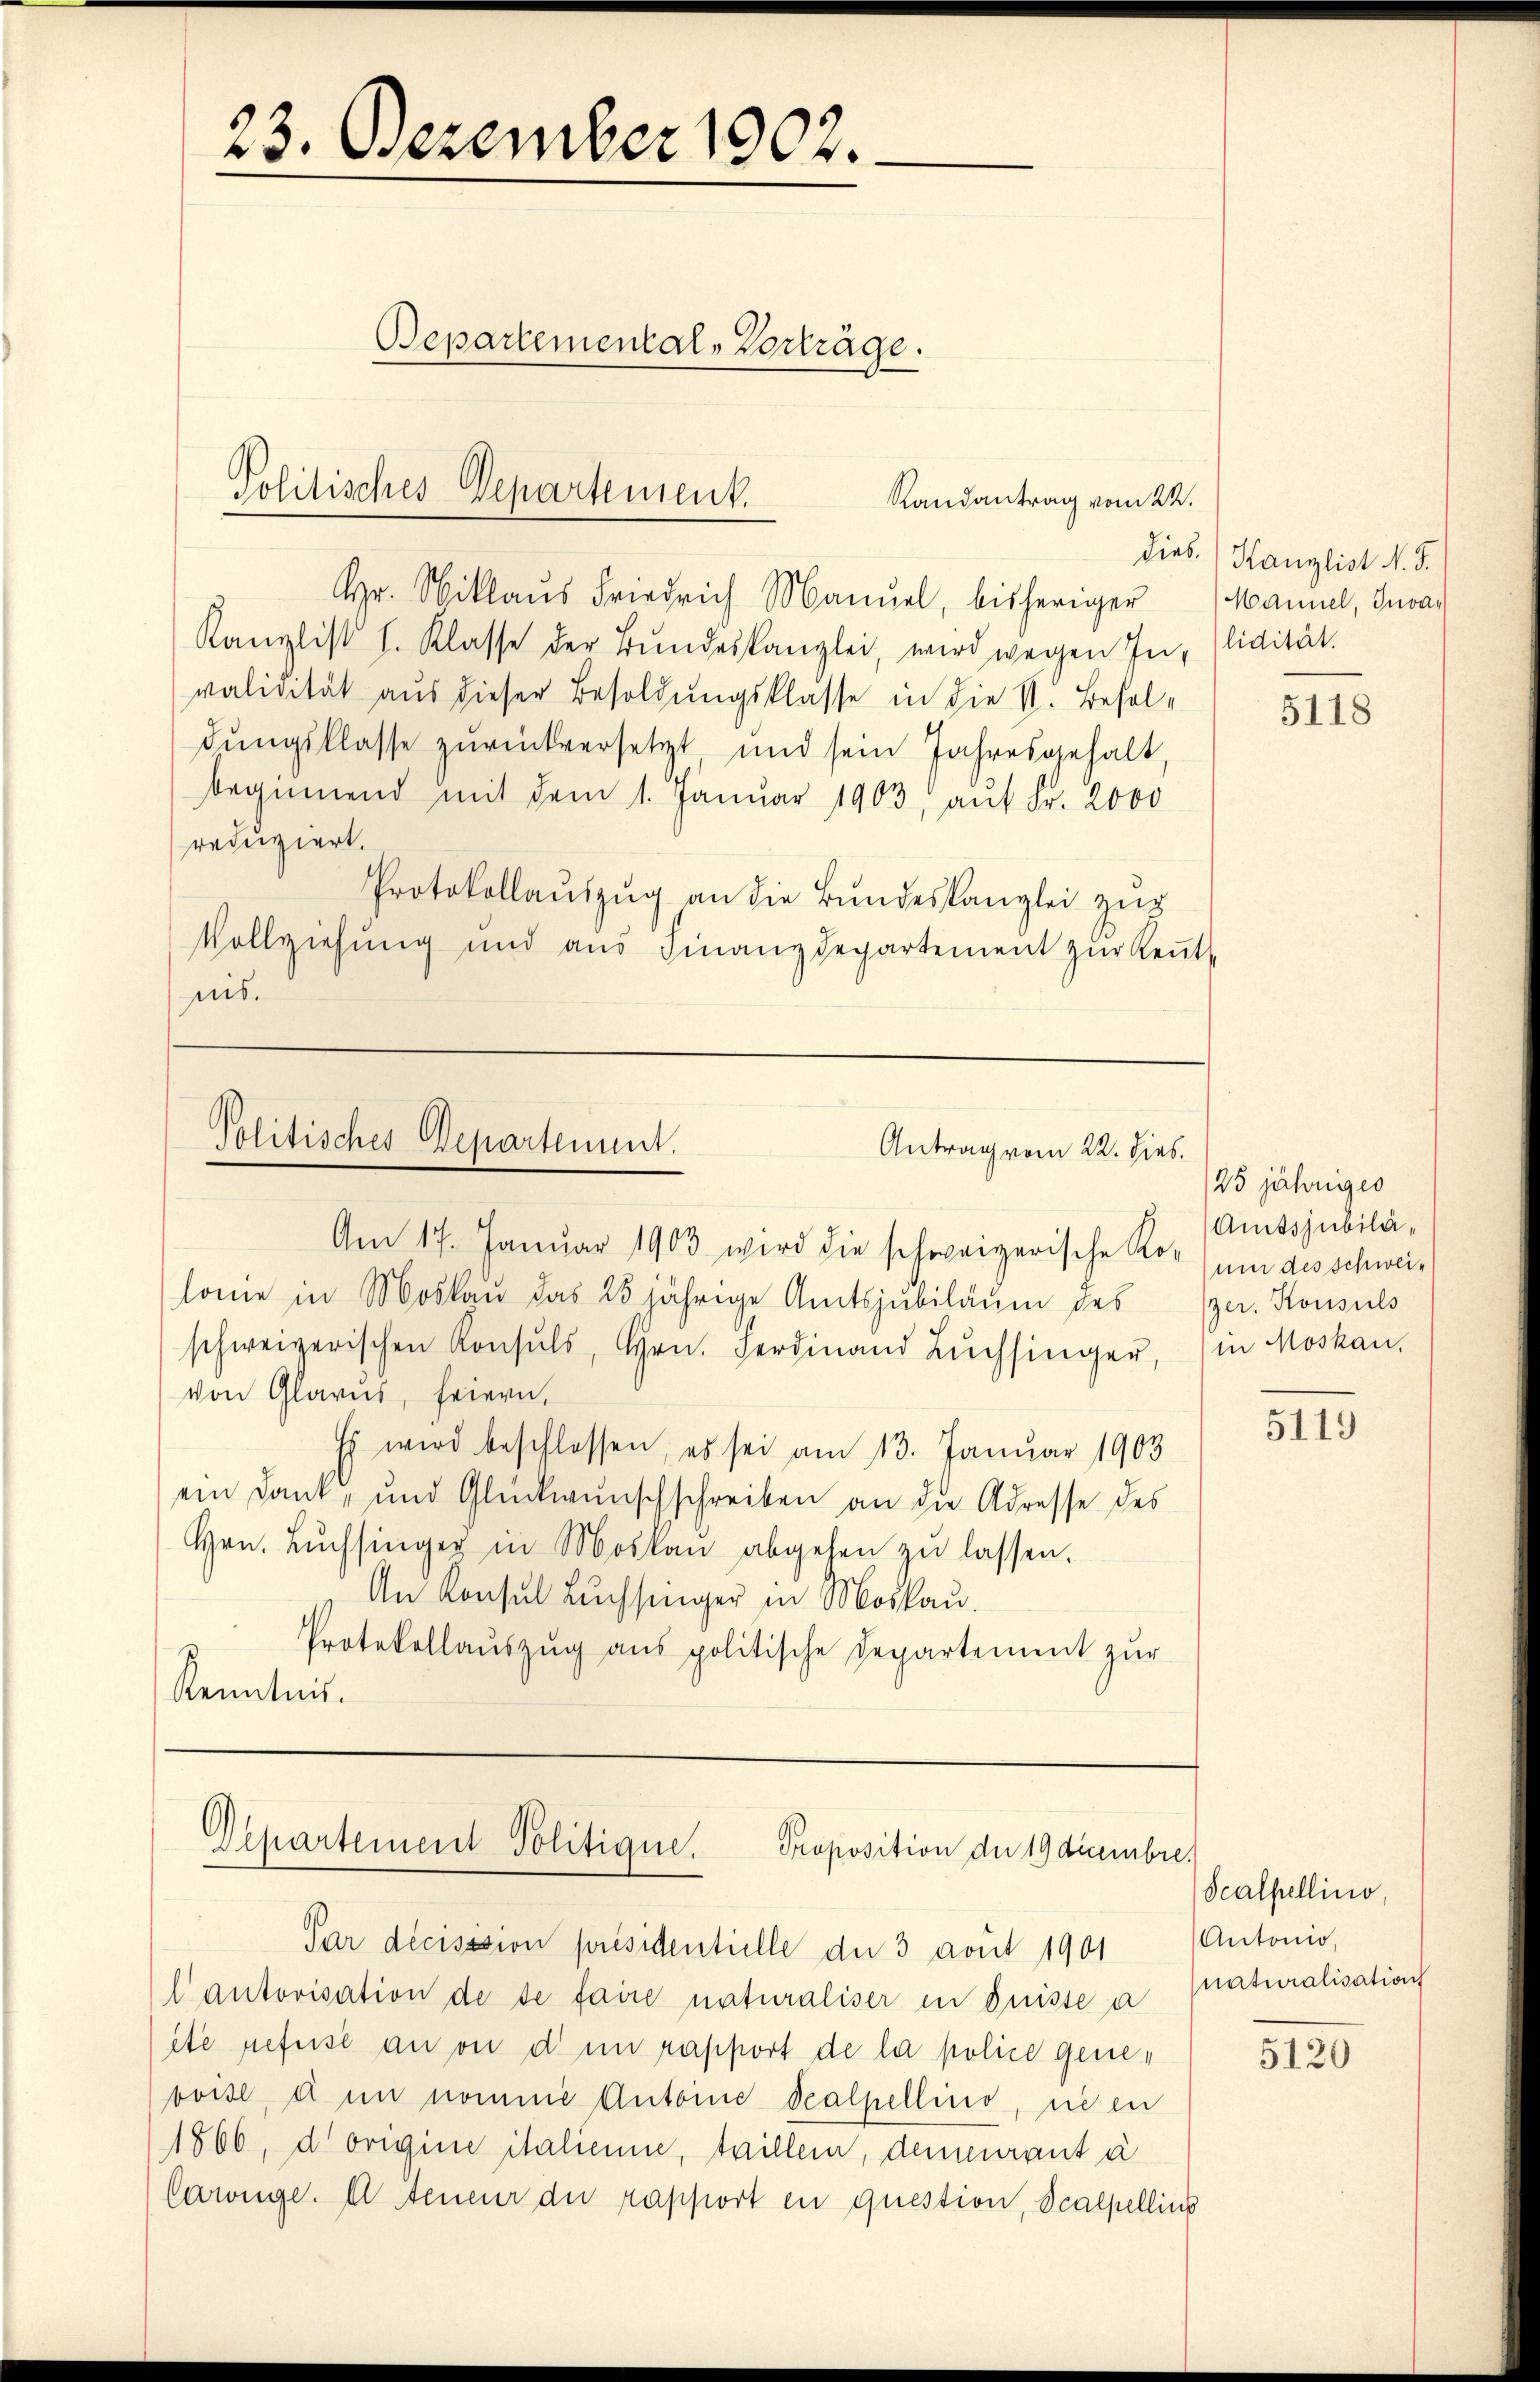
23. Dezember 1902.
Bepartemental-Vorträge.
Politisches Departement.
Randantrag vom 22.

Hr. Niklaus Friedrich Manuel, bisheriger Mannel, Inva¬
Kanzlist l. Klasse der Bŭndeskanzlei, wird wegen In, (lidität.
validität aus dieser Besoldungsklasse in die V. Besoldŭngsklasse zŭrückversetzt und sein Jahresgehalt,
beginnend mit dem 1. Januar 1903, aŭf Fr. 2000
reduziert.
Protokollaŭszŭg an die Bŭndeskanzlei zŭr
Vollziehŭng und aŭs Finanzdepartement zŭr Keṅt-
nis.

Politisches Departement.
Antrag vom 22. Sieb.

Am 17. Januar 1903 wird die schweizerische Kor) um des schweilome in Moskau das 25 jährige Amtsjubiläum des
schweizerischen Konsuls, Hrn. Ferdinand Lŭchsinger,
von Glarus, feiern,
Es wird beschlossen, es sei am 13. Januar 1903
ein Dank, und Glückwunschschreiben an die Adresse des
Hrn. Lŭchsinger in Moskau abgehen zŭ lassen.
An Konsul Buchsinger in Moskau
Protokollaŭszŭg aŭs politische Departement zŭr
Kenntnis.

Departement Politique.
Proposition der 19 decembre.
Par décisssion présidentielle de 3 mont 1901 (Antonio,

l autorisation de se faire naturaliser in Suisse a
ete refuse an on den rapport de la police geneboise, den nomme Antoine Scalpellino, sie en
1866, d origine italienne, taillen, demeurant à
Cawüge. A Aeneur die rapport en question, Scalpellins

dies. (Hanzlist d. J.

5118

/25 jähriges
(Amtsjubiläzer. Konsuls
in Moskau,

5119

Scalpellino,
naturalisation

5120